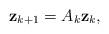
LaTeX: \begin{align*}\mathbf{z}_{k+1} = A_k \mathbf{z}_k,\end{align*}